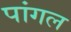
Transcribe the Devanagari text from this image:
पांगल